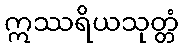
ဣဿရိယသုတ္တံ